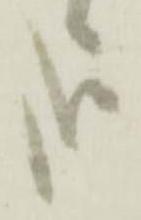
哉